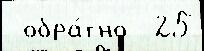
 обра́тно  25